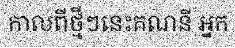
កាលពីថ្មីៗនេះគណនី អ្នក